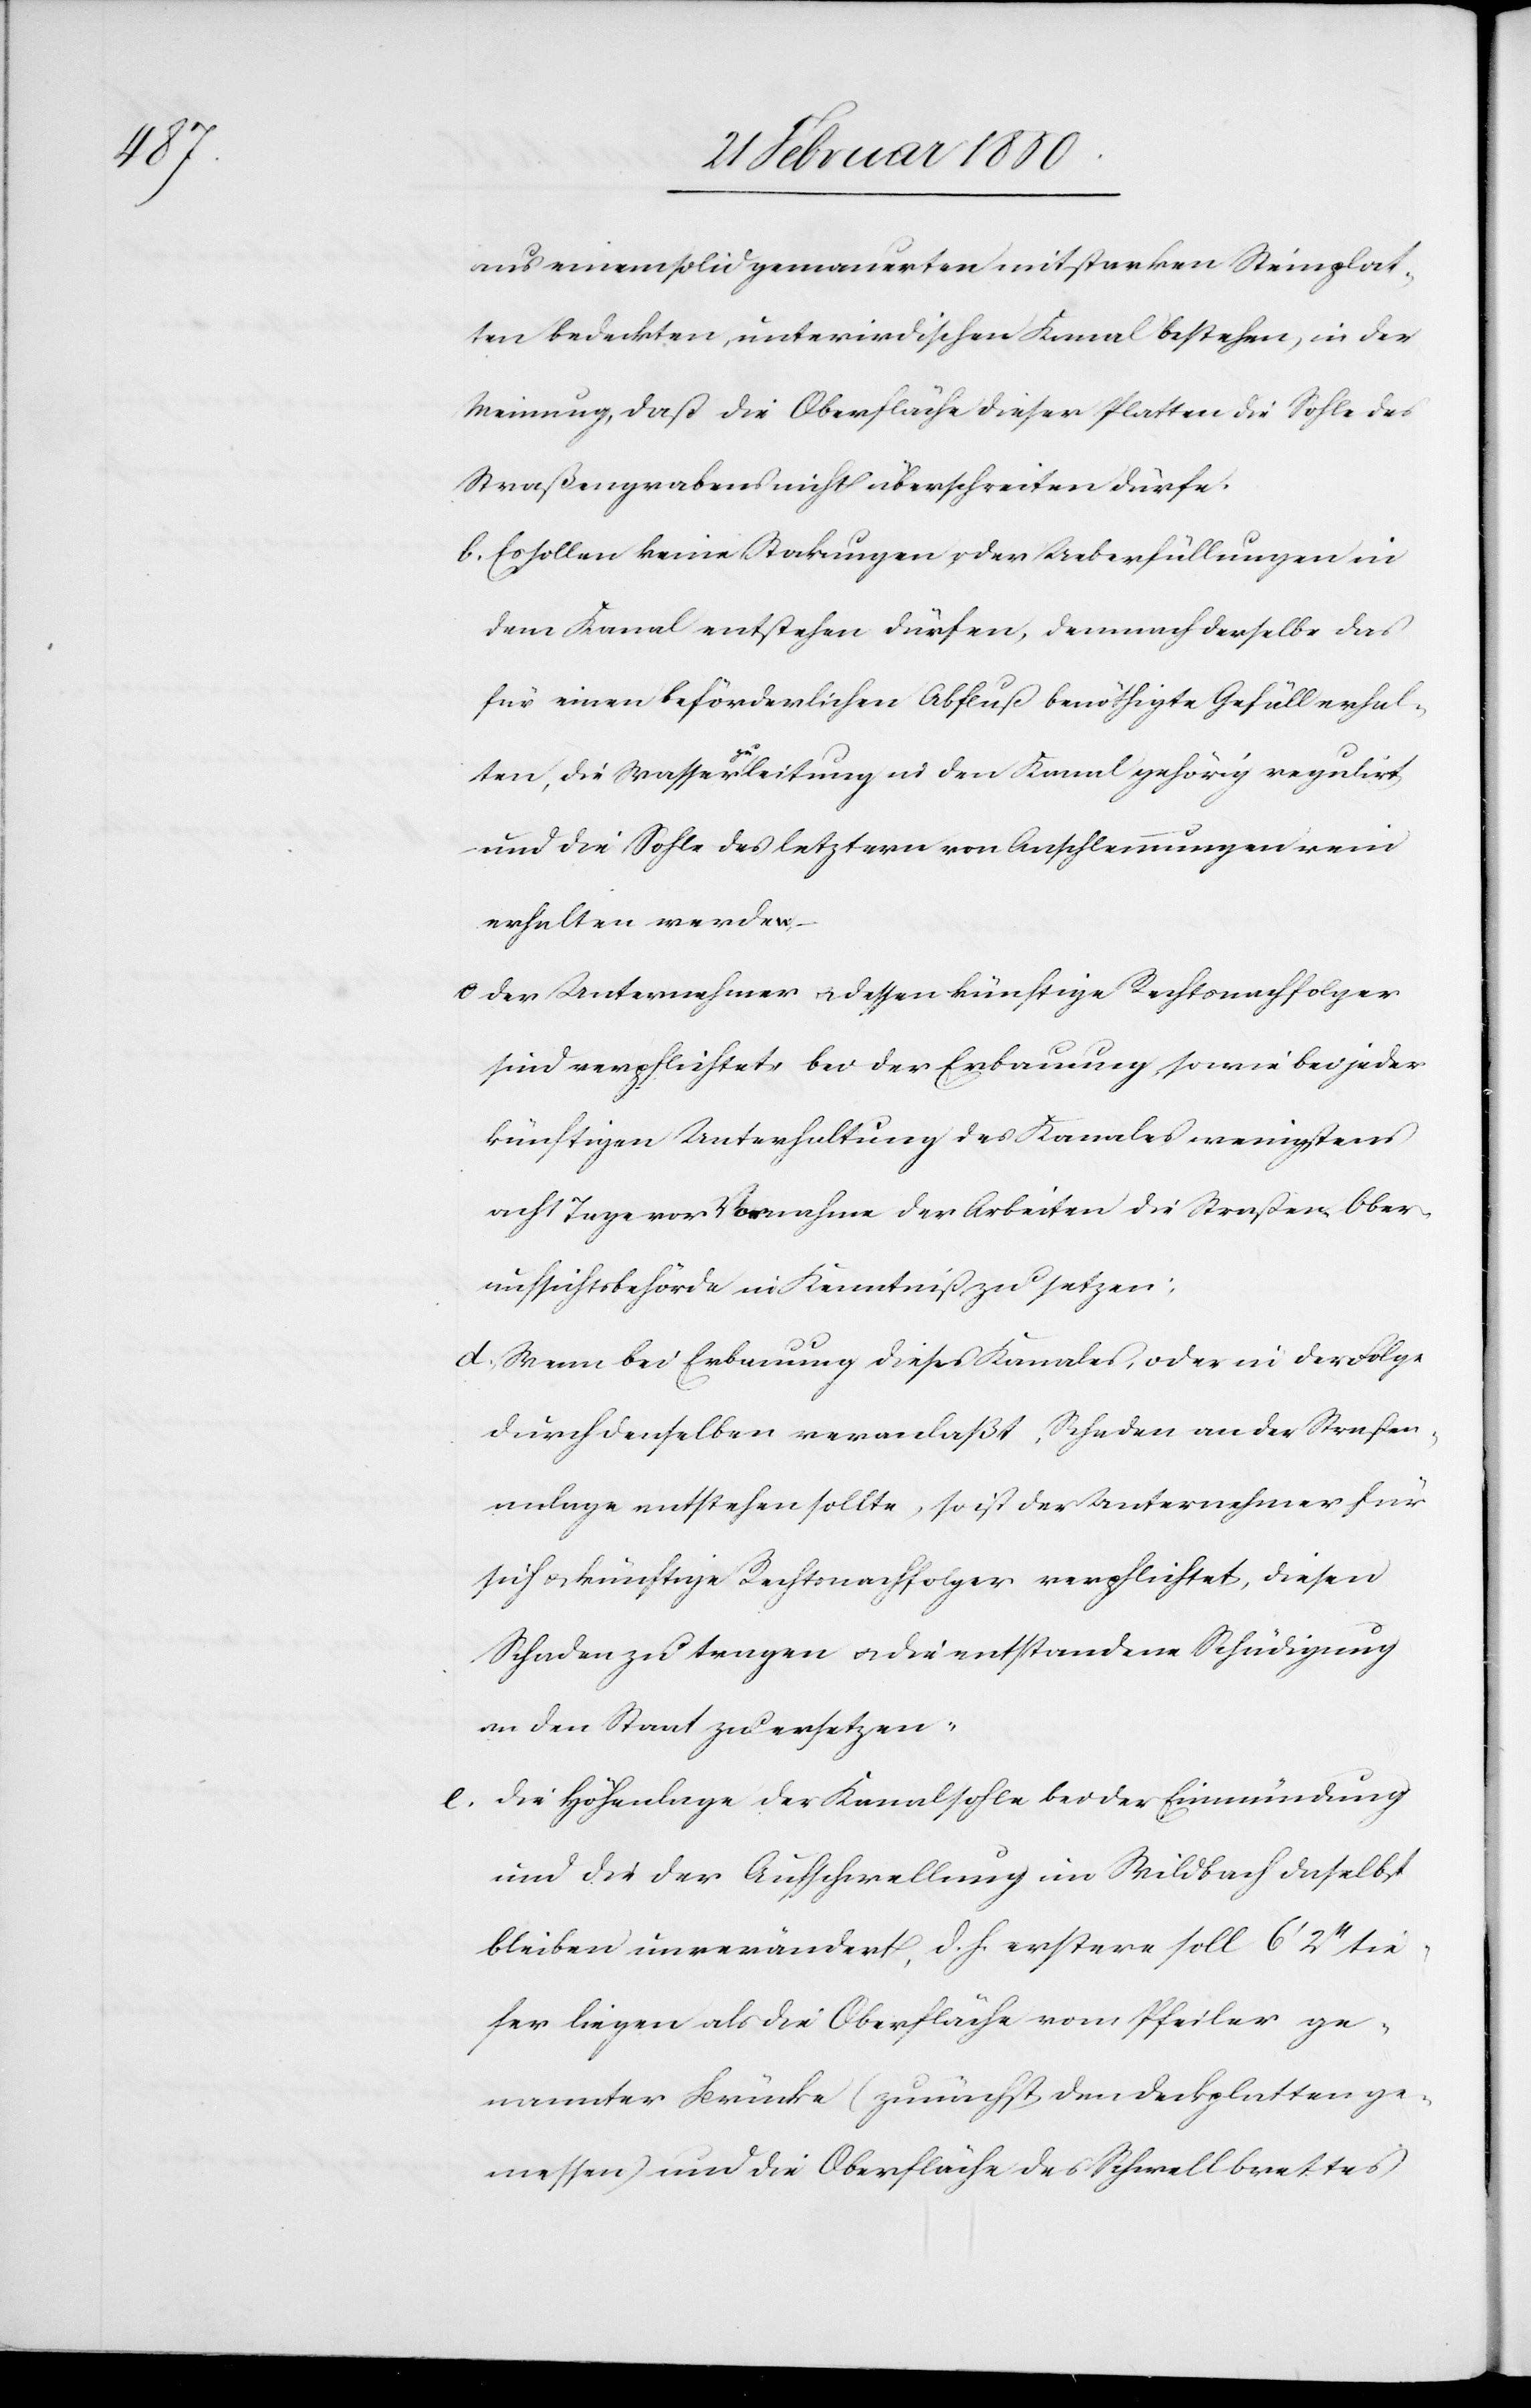
aus einem solid gemauerten mit starken Steinplat¬
ten bedeckten, unterirdischen Kanal bestehen, in der
Meinung, daß die Oberfläche dieser Platten die Sohle des
Straßengrabens nicht überschreiten dürfe.
b. Es sollen keine Stockungen oder Ueberfüllungen in
dem Kanal entstehen dürfen, demnach derselbe das
für einen beförderlichen Abfluß benöthigte Gefäll erhal¬
ten, die Wasserzuleitung in den Kanal gehörig regulirt
und die Sohle des letztern von Anschlemmungen rein
erhalten werden
c Der Unternehmer u. dessen künftige Rechtsnachfolger
sind verpflichtet, bei der Erbauung, sowie bei jeder
künftigen Unterhaltung des Kanales wenigstens
acht Tage vor Vornahme der Arbeiten die Straßen-Ober¬
aufsichtsbehörde in Kenntniß zu setzen;
d. Wenn bei Erbauung dieses Kanales, oder in der Folge
durch denselben veranlaßt, Schaden an der Straßen¬
anlage entstehen sollte, so ist der Unternehmer für
sich u. künftige Rechtsnachfolger verpflichtet, diesen
Schaden zu tragen u. die entstandene Schädigung
an den Staat zu ersetzen;
e. Die Höhenlage der Kanalsohle bei der Einmündung
und die der Aufschwellung im Wildbach daselbst
bleiben unverändert, d. h. erstere soll 6ʼ 2ʼʼ tie¬
fer liegen als die Oberfläche vom Pfeiler ge¬
nannter Brücke (zunächst den Deckplatten ge¬
messen) und die Oberfläche des Schwellbrettes